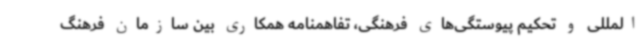
المللی و تحکیم پیوستگی‌های فرهنگی، تفاهمنامه همکاری بین سازمان فرهنگ